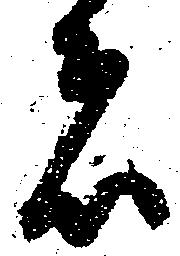
者